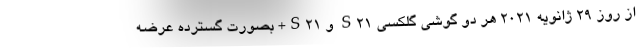
از روز 29 ژانویه 2021 هر دو گوشی گلکسی S21 و S21+ بصورت گسترده عرضه